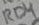
Text: RD4